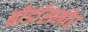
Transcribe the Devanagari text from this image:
बोर्डासमोर